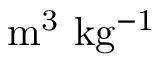
\mathrm { m ^ { 3 } ~ k g ^ { - 1 } }